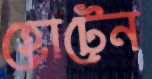
হোটেন